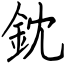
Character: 鈂